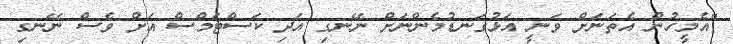
"އެމީހުން އެތަނަށް ވަނީ އަޅުގަނޑުމެންނަށް ނޭނގި އަދި ކަސްޓަމްސް އަށް ވެސް ނޭނގި